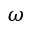
\omega